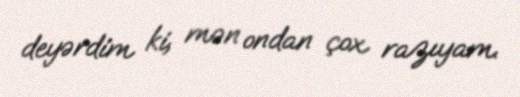
deyərdim ki, mən ondan çox razıyam.